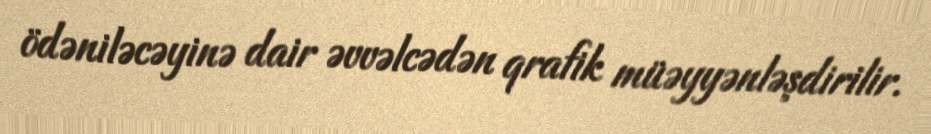
ödəniləcəyinə dair əvvəlcədən qrafik müəyyənləşdirilir.